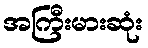
အကြီးမားဆုံး